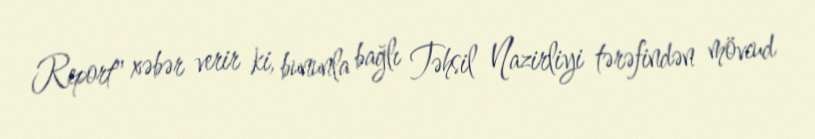
Report" xəbər verir ki, bununla bağlı Təhsil Nazirliyi tərəfindən mövcud